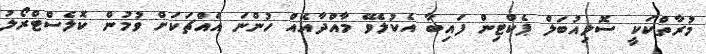
މުރާތްކަކީ ސޮލިއުބަލް ޕެކްޓިން ފައިބާ އެކުލެވޭ މާއްދާއެއް ހުންނަ އެއްޗަކަށް ވުމުން ކޮލެސްޓްރޯލު